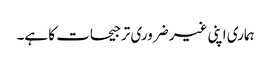
ہماری اپنی غیر ضروری ترجیحات کا ہے۔